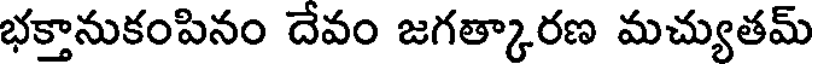
భక్తానుకంపినం దేవం జగత్కారణ మచ్యుతమ్